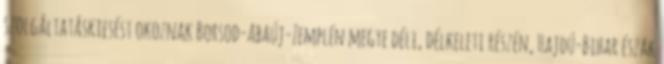
szolgáltatáskiesést okoznak Borsod-Abaúj-Zemplén megye déli, délkeleti részén, Hajdú-Bihar észak